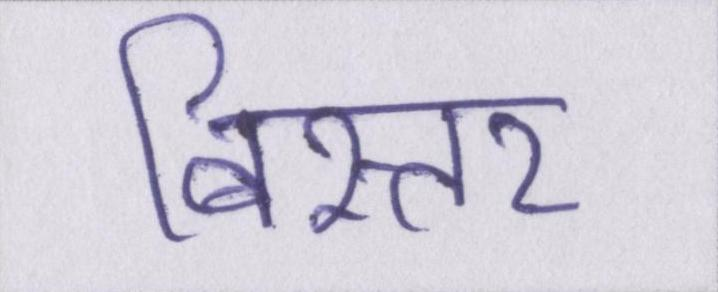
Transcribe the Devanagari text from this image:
बिस्तर